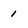
Character: 1